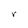
Character: r